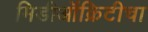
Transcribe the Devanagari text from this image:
मिडीऑक्रिटीचा